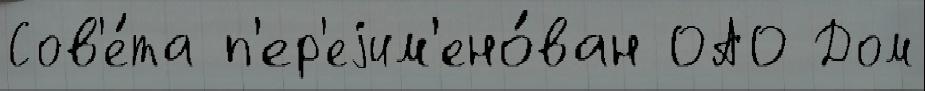
Сов'е́та п'ер'еjим'ено́ван ОАО Дом